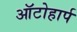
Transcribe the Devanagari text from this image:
ऑटोहार्प